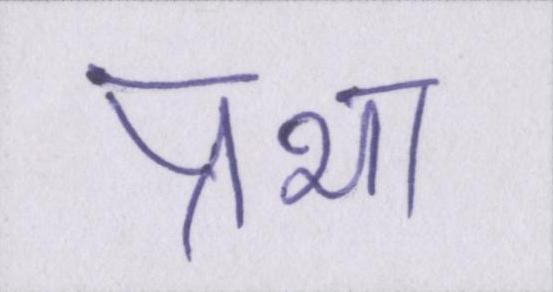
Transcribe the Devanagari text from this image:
प्रभा